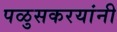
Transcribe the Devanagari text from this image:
पळुसकरयांनी